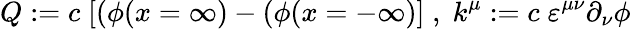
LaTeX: Q:=c\; [(\phi(x=\infty)-(\phi(x=-\infty)]\; ,\; k^{\mu}:=c\; \varepsilon^{\mu\nu}\partial_{\nu}\phi